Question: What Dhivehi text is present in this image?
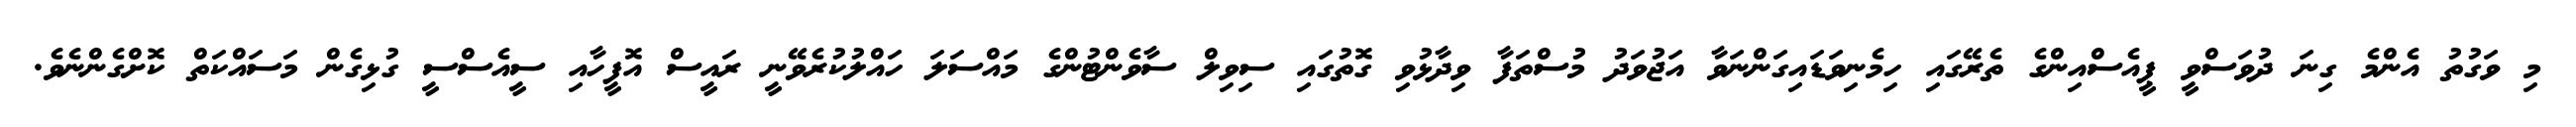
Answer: މި ވަގުތު އެންމެ ގިނަ ދުވަސްވީ ޕީއެސްއިންގެ ތެރޭގައި ހިމެނިވަޑައިގަންނަވާ އަޖުވަދު މުސްތަފާ ވިދާޅުވި ގޮތުގައި ސިވިލް ސާވެންޓުންގެ މައްސަލަ ހައްލުކުރެވޭނީ ރައީސް އޮފީހާއި ސީއެސްސީ ގުޅިގެން މަސައްކަތް ކޮށްގެންނެވެ.